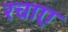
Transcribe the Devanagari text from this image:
रचाए